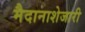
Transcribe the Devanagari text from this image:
मैदानाशेजारी